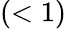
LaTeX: (<1)